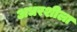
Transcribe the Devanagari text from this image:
अधरशीला